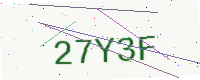
Text: 27Y3F